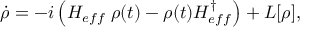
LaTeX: \dot { \rho } = - i \left( H _ { e f f } \; \rho ( t ) - \rho ( t ) H _ { e f f } ^ { \dagger } \right) + L [ \rho ] ,